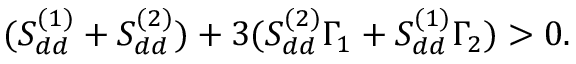
( S _ { d d } ^ { ( 1 ) } + S _ { d d } ^ { ( 2 ) } ) + 3 ( S _ { d d } ^ { ( 2 ) } \Gamma _ { 1 } + S _ { d d } ^ { ( 1 ) } \Gamma _ { 2 } ) > 0 .